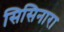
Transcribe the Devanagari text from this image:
सिसिनारा